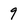
Character: 9